Rae_vallavalitsus, lk 66
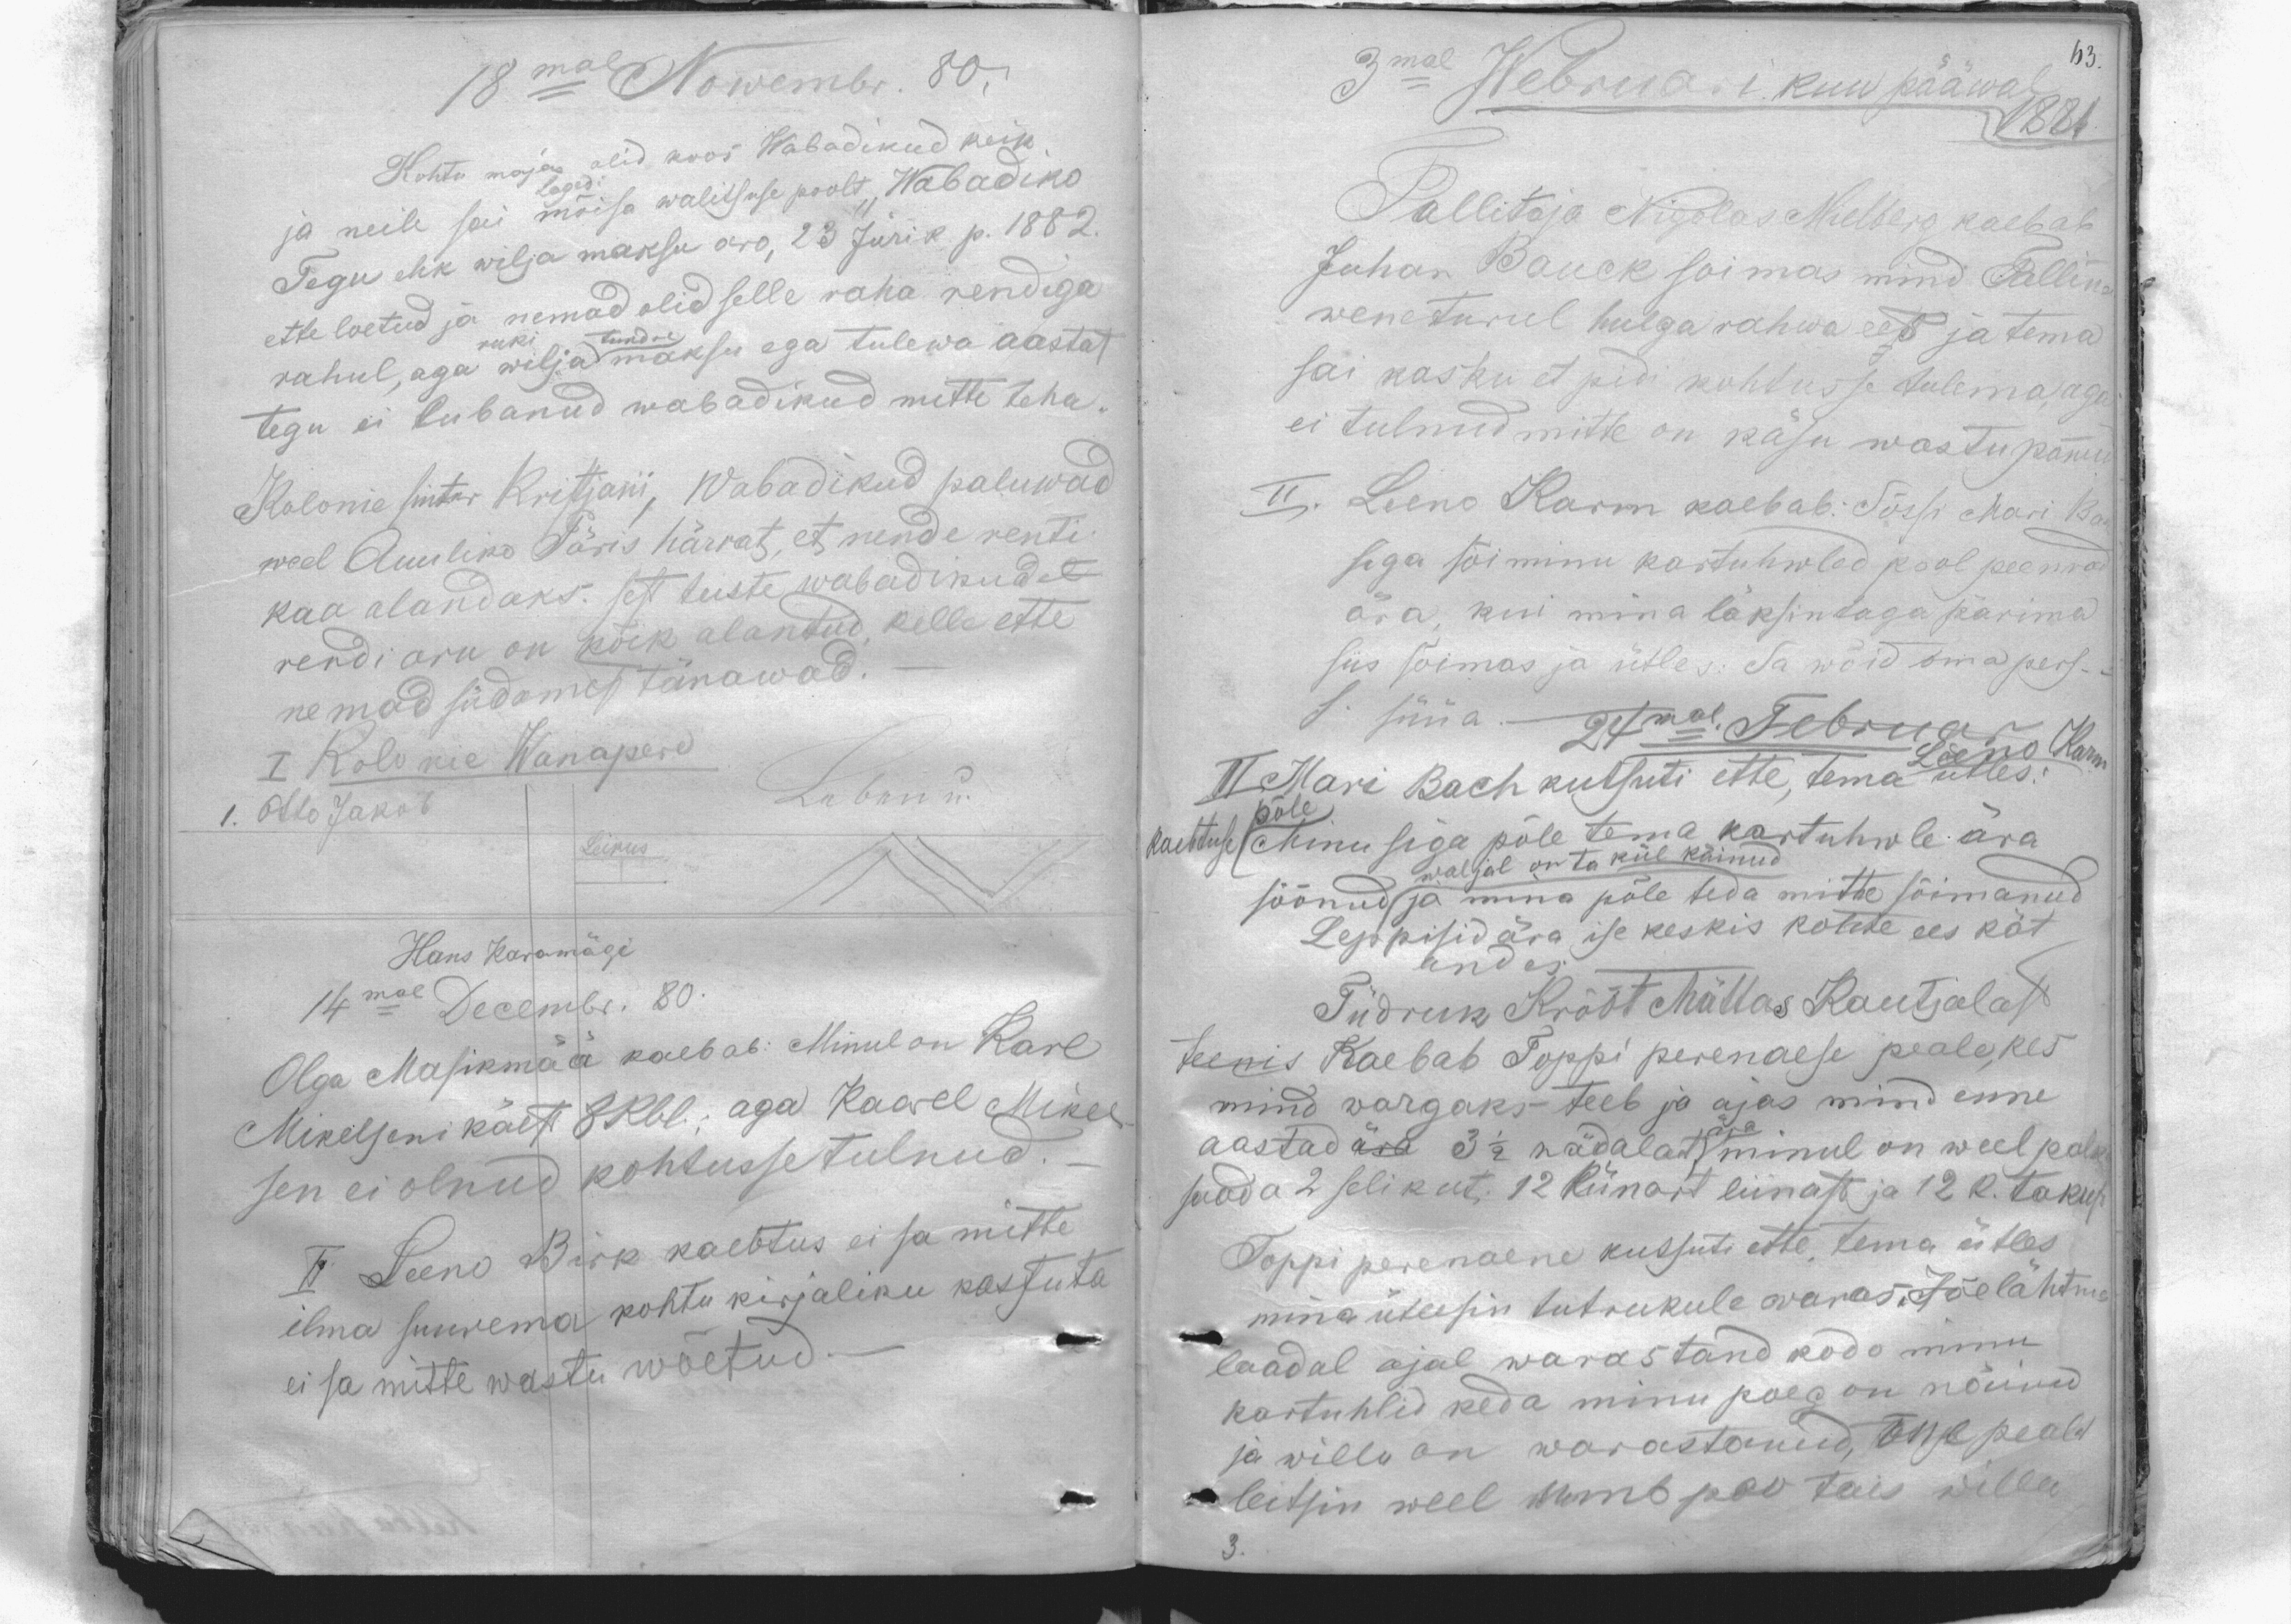
18mal Nowembr. 80,
Kohtu majas olid koos Wabadikud keik.
Lagedi
ja neile sai mõisa walitsuse poolt  "Wabadiko
Tegu ehk wilja maksu aro, 23 Jüri k. p. 1882.
ette loetud ja nemad olid selle raha rendiga
rahul, aga ruki wilja tundre maksu ega tulewa aastat
tegu ei lubanud wabadikud mitte teha.
Kolonie sinter Kristjani, Wabadikud paluwad
weel Auuliko Päris härrat, et nende renti
kaa alandaks. sest teiste wabadikudel
rendi aru on kõik alantud, kelle ette
nemad südamest tänawad.
I Kolonie Wanapere
1. Otto Jakob
Leikus
Hans Karamägi
14mal Decembr. 80.
Olga Masikmää kaebab: Minul on Karl
Mikelseni käest 8 Rbl., aga Kaarel Mikel-
sen ei olnud kohtusse tulnud.
II Leeno Birk kaebtus ei sa mitte
ilma suurema kohtu kirjaliku kassuta
ei sa mitte wastu wõetud.

63.
3mal Webruari kuu pääwal
1881
Tallitaja Nigolas Mielberg kaebab
Juhan Bauck soimas mind Tallina
wene turul hulga rahwa ees ja tema
sai kasku et pidi kohtusse tulema, aga
ei tulnud mitte on käsu wastu pannud
II. Leeno Karm kaebab: Sõssi Mari Ba-
siga sõi minu kartuhwled pool peenra
ära, kui mina läksin taga pärima
siis sõimas ja ütles: Sa wõid oma pers.
süüa. -
24mal Februar Karm
II Mari Bach kutsuti ette, tema Leeno ütles:
kaebtuse päle: Minu siga põle tema kartuhwle ära
söönud
waljal on ta kül käinud
ja mina pole teda mitte sõimanud
Leppisid ära ise keskis kohte ees kät
andes.
Tüdruk Krõõt Mättas Kautjalast
teenis Kaebab Toppi perenaese peale, kes
mind wargaks teeb ja ajas mind enne
aastad ära 3 1/2 nädalat ära (minul on weel palk
saada 2 selikut; 12 künart liinast ja 12 k. takust.
Toppi perenaene kutsuti ette, tema ütles
mina ütlesin tutrukule waras. Jõelähtme
laadal ajal warastand kodo minu
kartuhlid keda minu poeg on näind
ja willu on warastanud, õue pealt
leitsin weel umb peo tais willu